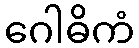
ဂေါဓိကံ